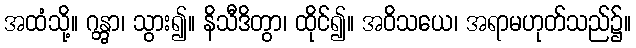
အထံသို့။ ဂန္တွာ၊ သွား၍။ နိသီဒိတွာ၊ ထိုင်၍။ အဝိသယေ၊ အရာမဟုတ်သည်၌။